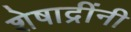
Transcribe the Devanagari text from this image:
शेषाद्रींनी